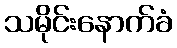
သမိုင်းနောက်ခံ